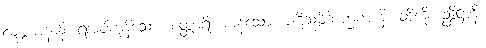
လဗ္ဘမာနာနိ၊ ရအပ်ကုန်သော။ စတ္တာရိ၊ ကုန်သော။ ပဋိသမ္ဘိဒါ ဉာဏာနိ၊ တို့ကို။ ဥဒ္ဒိဋ္ဌာနိ၊